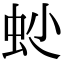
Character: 𧉍